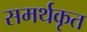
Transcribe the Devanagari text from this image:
समर्थकृत